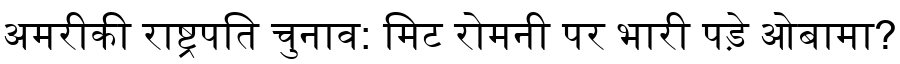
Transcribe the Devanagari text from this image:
अमरीकी राष्ट्रपति चुनाव: मिट रोमनी पर भारी पड़े ओबामा?